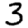
Digit: 3